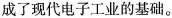
成了现代电子工业的基础。